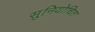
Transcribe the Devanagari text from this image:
सुनियोचित